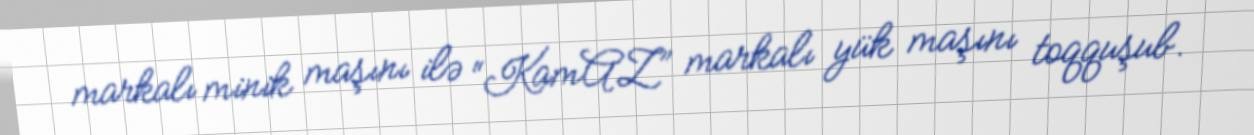
markalı minik maşını ilə “KamAZ” markalı yük maşını toqquşub.